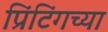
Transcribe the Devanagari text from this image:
प्रिंटिंगच्या